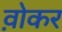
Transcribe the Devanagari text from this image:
व़ोकर